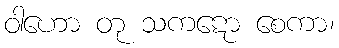
ဝါဟော တု သကဋော စေကာ၊